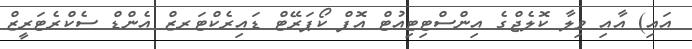
އައި) އާއި ވިލާ ކޮލެޖްގެ އިންސްޓިޓިއުޓް އޮފް ކޯޕަރޭޓް ޑައިރެކްޓަރޒް އެންޑް ސެކްރެޓަރީޒް